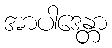
အာပါဒေန္တာ